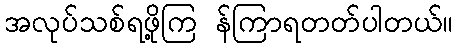
အလုပ်သစ်ရဖို့ကြ န်ကြာရတတ်ပါတယ်။